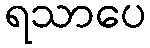
ရသာပေ